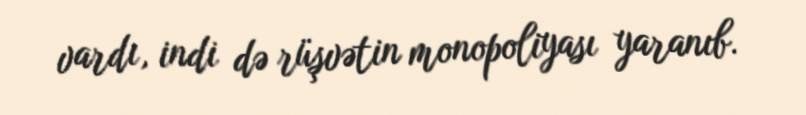
vardı, indi də rüşvətin monopoliyası yaranıb.